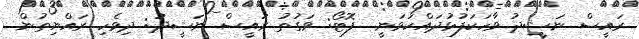
ރައީސް ނަޝީދު ވާހަކަފުޅުދައްކަވަނީ  ފޮޓޯ: ވަގުތު ރައީސް ނަޝީދު: ދިވެހި ރައްޔިތުން